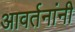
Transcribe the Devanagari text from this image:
आवर्तनांनी